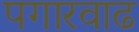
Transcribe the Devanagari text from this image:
पगारवाढ